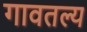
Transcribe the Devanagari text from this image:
गावतल्य